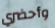
وأحضري